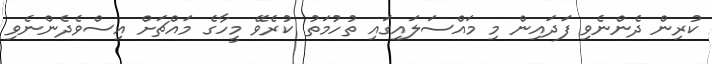
ކުރިން ދެންނެވި ފަދައިން މި މައްސަލައިގައި ތުހުމަތު ކުރެވޭ މީހާގެ މައްޗަށް އިސްވެދެންނެވި